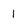
Character: 1